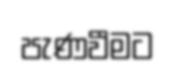
පැණවීමට